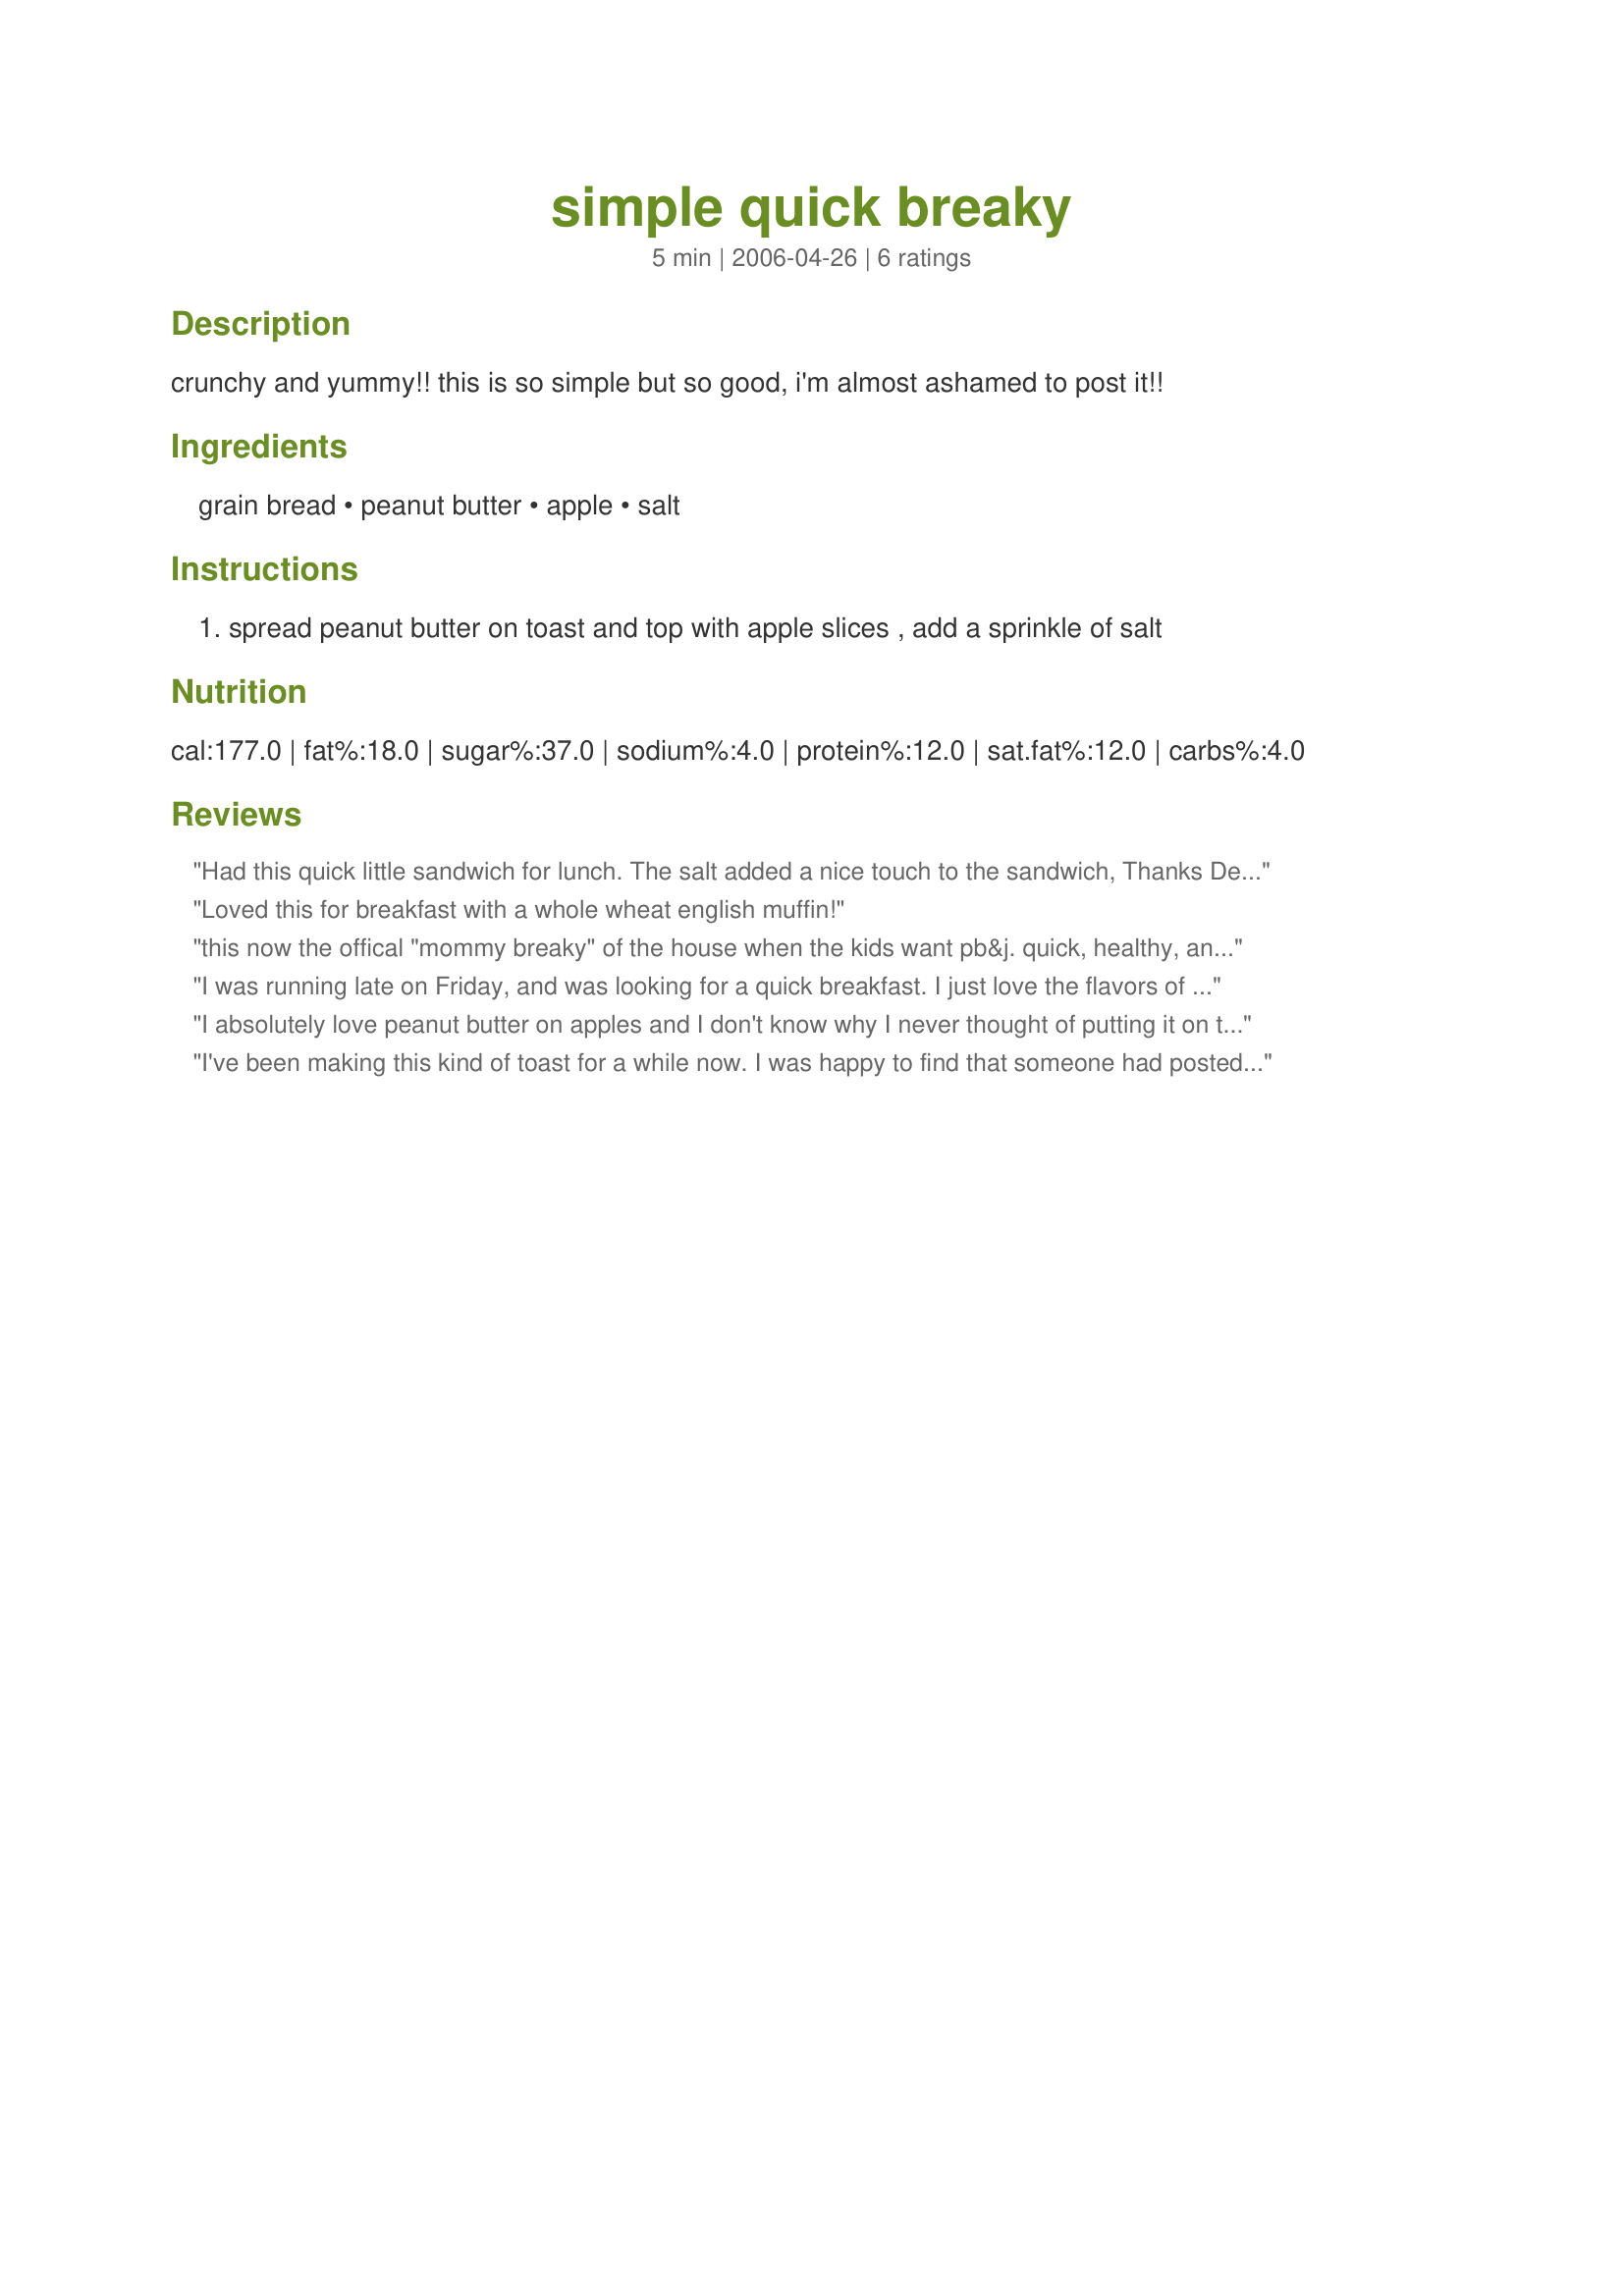
simple quick breaky
Preparation time: 5 minutes

crunchy and yummy!!
this is so simple but so good, i'm almost ashamed to post it!!

Ingredients:
grain bread, peanut butter, apple, salt

Steps:
spread peanut butter on toast and top with apple slices , add a sprinkle of salt

Reviews:
Had this quick little sandwich for lunch. The salt added a nice touch to the sandwich,

Thanks Derf. 

Bullwinkle.
Loved this for breakfast with a whole wheat english muffin!
this now the offical "mommy breaky" of the house when the kids want pb&j. quick, healthy, and yummy. thanks.
I was running late on Friday, and was looking for a quick breakfast. I just love the flavors of peanut butter and apples. Thanks so much for sharing!
I absolutely love peanut butter on apples and I don't know why I never thought of putting it on toast. This is my new favorite breakfast. Thanks for a such a delicious and easy breakfast, Derf!
I've been making this kind of toast for a while now. I was happy to find that someone had posted it here at Zaar. I can't recommend this quick, easy and healthy breakfast/snack enough. The combination of apple and peanut butter are divine, but putting it on toast makes it even better! Yum!!
